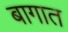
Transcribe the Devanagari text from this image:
बागात